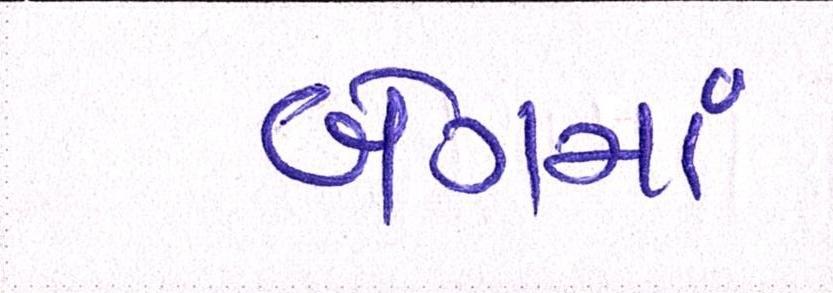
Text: બેલમાં